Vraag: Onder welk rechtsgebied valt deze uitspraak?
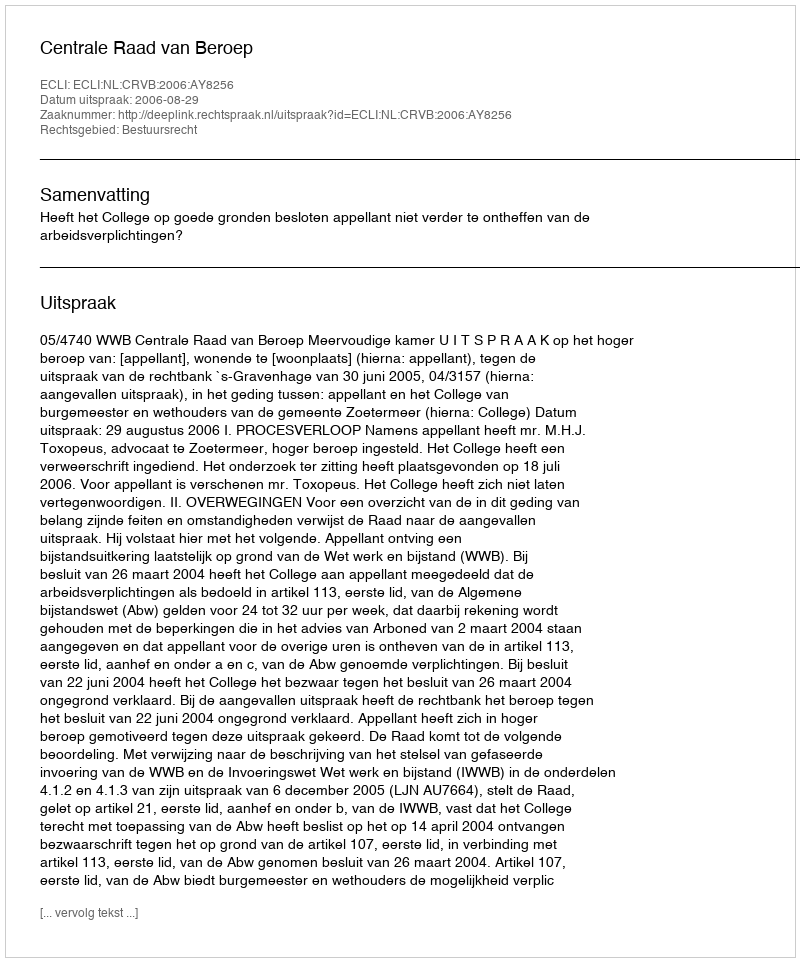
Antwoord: Bestuursrecht